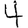
Digit: 4